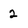
Character: 2